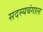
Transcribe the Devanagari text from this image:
सदस्यबंगाल